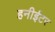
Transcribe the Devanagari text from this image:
हनीईटर